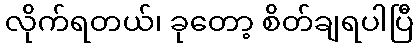
လိုက်ရတယ်၊ ခုတော့ စိတ်ချရပါပြီ